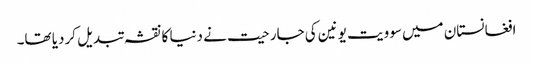
افغانستان میں سوویت یونین کی جارحیت نے دنیا کا نقشہ تبدیل کردیا تھا۔